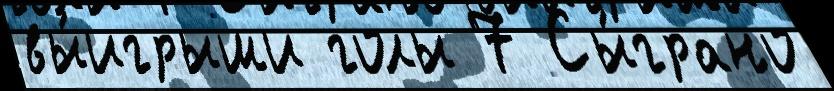
вы́игрыши голы 7 Сы́грано